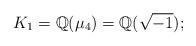
LaTeX: \begin{align*}K_1=\mathbb{Q}(\mu_{4})=\mathbb{Q}(\sqrt{-1});\end{align*}